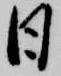
日